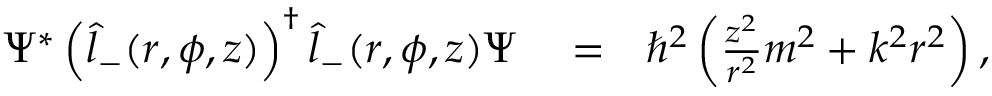
\begin{array} { r l r } { \Psi ^ { * } \left( \hat { l } _ { - } ( r , \phi , z ) \right) ^ { \dagger } \hat { l } _ { - } ( r , \phi , z ) \Psi } & { { } = } & { \hbar ^ { 2 } \left( \frac { z ^ { 2 } } { r ^ { 2 } } m ^ { 2 } + k ^ { 2 } r ^ { 2 } \right) , } \end{array}